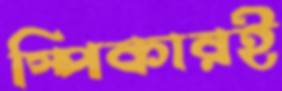
স্পিকারই